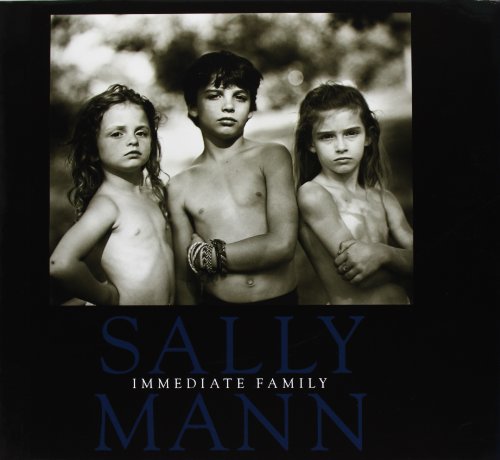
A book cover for Immediate Family; Arts & Photography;